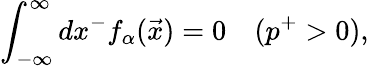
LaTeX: \int_{-\infty}^{\infty}dx^{-}f_{\alpha}(\vec{x})=0\quad(p^{+}>0),